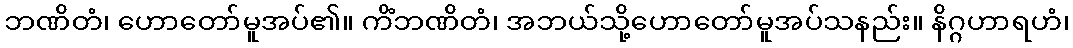
ဘဏိတံ၊ ဟောတော်မူအပ်၏။ ကိံဘဏိတံ၊ အဘယ်သို့ဟောတော်မူအပ်သနည်း။ နိဂ္ဂဟာရဟံ၊